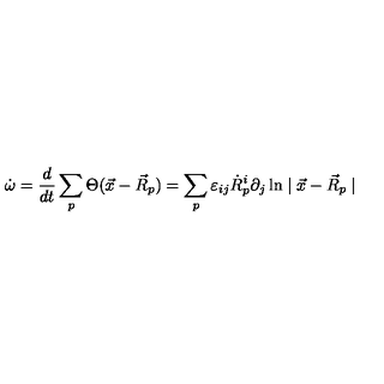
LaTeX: \dot { \omega } = \frac { d } { d t } \sum _ { p } \Theta ( \vec { x } - \vec { R } _ { p } ) = \sum _ { p } \varepsilon _ { i j } \dot { R } _ { p } ^ { i } \partial _ { j } \ln \mid \vec { x } - \vec { R } _ { p } \mid